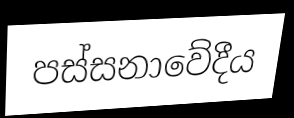
පස්සනාවේදීය